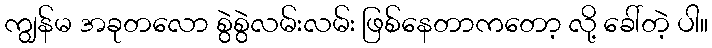
ကျွန်မ အခုတလော စွဲစွဲလမ်းလမ်း ဖြစ်နေတာကတော့ လို့ ခေါ်တဲ့ ပါ။